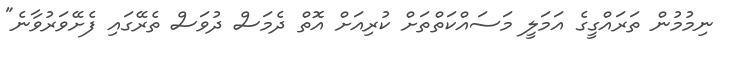
ނިމުމުން ތަރައްގީގެ އަމަލީ މަސައްކަތްތަށް ކުރިއަށް އޮތް ދެމަސް ދުވަސް ތެރޭގައި ފެށޭވަރުވާނެ"